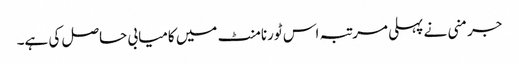
جرمنی نے پہلی مرتبہ اس ٹورنامنٹ میں کامیابی حاصل کی ہے۔